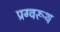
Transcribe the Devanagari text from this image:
प्रग्वरूथ